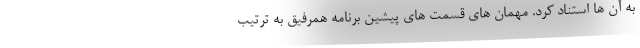
به آن ها استناد کرد. مهمان های قسمت های پیشین برنامه همرفیق به ترتیب